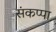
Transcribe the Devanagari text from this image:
संकप्पा